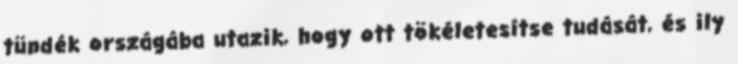
tündék országába utazik, hogy ott tökéletesítse tudását, és ily